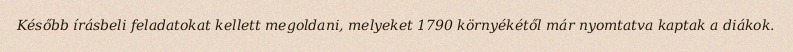
Később írásbeli feladatokat kellett megoldani, melyeket 1790 környékétől már nyomtatva kaptak a diákok.